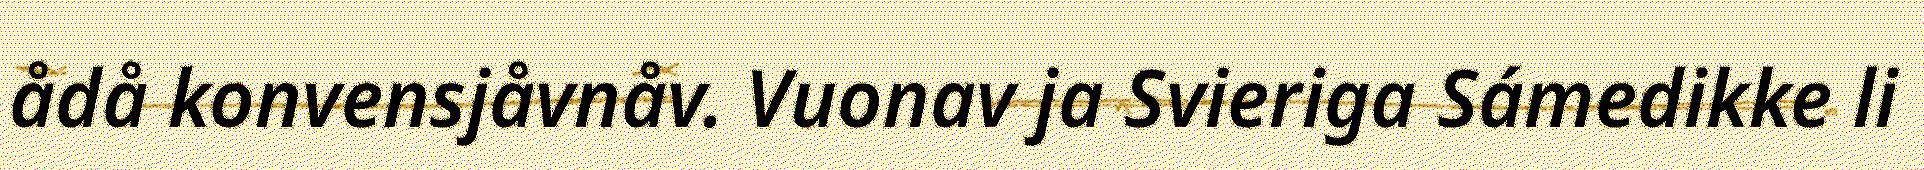
ådå konvensjåvnåv. Vuonav ja Svieriga Sámedikke li